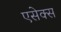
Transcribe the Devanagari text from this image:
एसेक्‍स